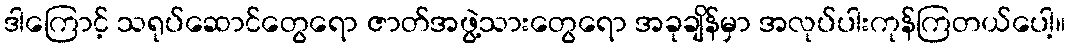
ဒါကြောင့် သရုပ်ဆောင်တွေရော ဇာတ်အဖွဲ့သားတွေရော အခုချိန်မှာ အလုပ်ပါးကုန်ကြတယ်ပေါ့။